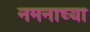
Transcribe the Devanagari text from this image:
नमनाच्या